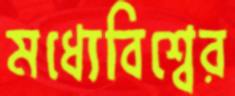
মধ্যেবিশ্বের